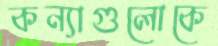
কন্যাগুলোকে